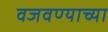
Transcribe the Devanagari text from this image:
वजवण्याच्या